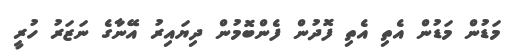
މަޑުން މަޑުން އެތި އެތި ފޮދުން ފެންބޮމުން ދިޔައިރު އޭނާގެ ނަޒަރު ހުރީ